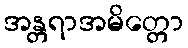
အန္တရာအမိတ္တော